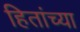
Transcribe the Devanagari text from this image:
हितांच्या